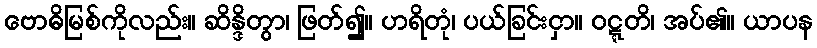
ဗောဓိမြစ်ကိုလည်း။ ဆိန္ဒိတွာ၊ ဖြတ်၍။ ဟရိတုံ၊ ပယ်ခြင်းငှာ။ ဝဋ္ဋတိ၊ အပ်၏။ ယာပန